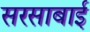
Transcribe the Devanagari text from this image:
सरसाबाई